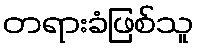
တရားခံဖြစ်သူ